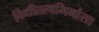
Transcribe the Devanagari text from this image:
विधीतत्वमिमांसा